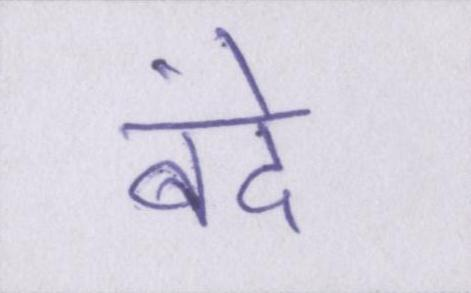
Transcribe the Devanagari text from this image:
बंदे